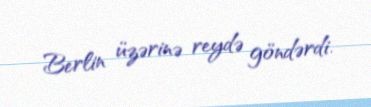
Berlin üzərinə reydə göndərdi.